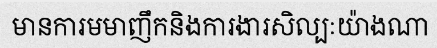
មានការមមាញឹកនិងការងារសិល្បៈយ៉ាងណា